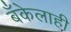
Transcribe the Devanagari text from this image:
बँकेलाही